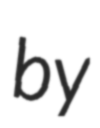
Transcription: by